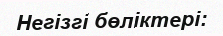
Негізгі бөліктері: